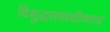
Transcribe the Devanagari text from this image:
विशुद्धसत्त्वधीष्णाय